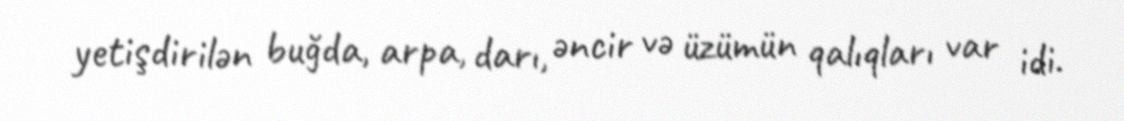
yetişdirilən buğda, arpa, darı, əncir və üzümün qalıqları var idi.